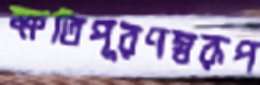
ক্ষতিপূরণস্বরূপ